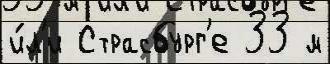
и́л'и Страсбург'е 33 м